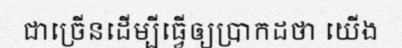
ជាច្រើនដើម្បីធ្វើឲ្យប្រាកដថា យើង